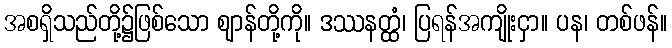
အစရှိသည်တို့၌ဖြစ်သော ဈာန်တို့ကို။ ဒဿနတ္ထံ၊ ပြရန်အကျိုးငှာ။ ပန၊ တစ်ဖန်။